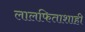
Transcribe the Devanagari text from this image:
लालफिताशाही